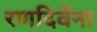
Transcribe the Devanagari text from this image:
रणदिवेंना